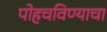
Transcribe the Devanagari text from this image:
पोहचविण्याचा